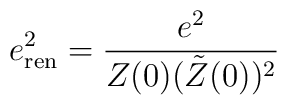
e^2_{\rm ren}={e^2\over Z(0) (\tilde{Z}(0))^2}